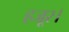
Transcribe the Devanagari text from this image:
हजूर।